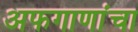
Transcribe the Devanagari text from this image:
अफगाणांचा